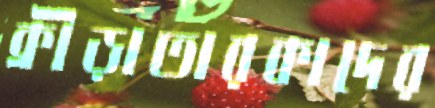
ক্রীড়াতারকাদের